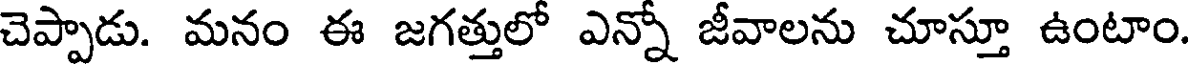
చెప్పాడు. మనం ఈ జగత్తులో ఎన్నో జీవాలను చూస్తూ ఉంటాం